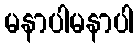
မနာပါမနာပါ